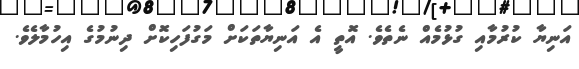
އަނިޔާ ކުރުމާއި ގުޅުމެއް ނެތެވެ. އޮތީ އެ އަނިޔާތަކަށް މަގުފަހިކޮށް ދިނުމުގެ އިހުމާލެވެ.